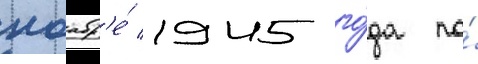
ноабр'е́ 1945 го́да по́